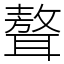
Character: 聱